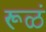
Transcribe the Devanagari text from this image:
रूळं